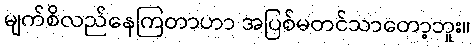
မျက်စိလည်နေကြတာဟာ အပြစ်မတင်သာတော့ဘူး။